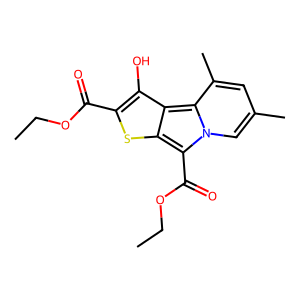
SMILES: CCOC(=O)c1sc2c(C(=O)OCC)n3cc(C)cc(C)c3c2c1O
Inhibits HIV replication: No